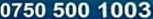
0750 500 1003